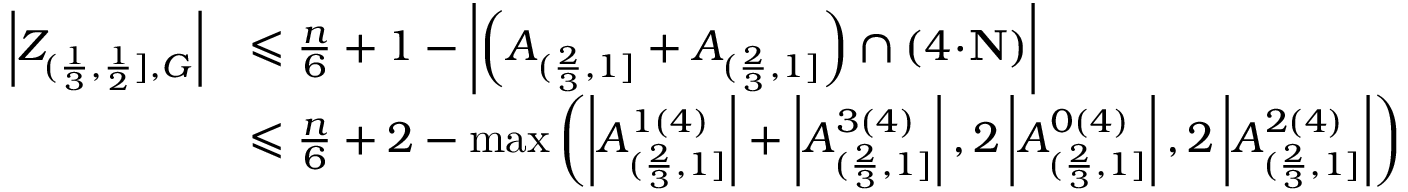
\begin{array} { r l } { \left| Z _ { ( \frac { 1 } { 3 } , \frac { 1 } { 2 } ] , G } \right| } & { \leqslant \frac { n } { 6 } + 1 - \left| \left( A _ { ( \frac { 2 } { 3 } , 1 ] } + A _ { ( \frac { 2 } { 3 } , 1 ] } \right) \cap ( 4 \! \cdot \! \mathbf { N } ) \right| } \\ & { \leqslant \frac { n } { 6 } + 2 - \operatorname* { m a x } \left( \left| A _ { ( \frac { 2 } { 3 } , 1 ] } ^ { 1 ( 4 ) } \right| + \left| A _ { ( \frac { 2 } { 3 } , 1 ] } ^ { 3 ( 4 ) } \right| , 2 \left| A _ { ( \frac { 2 } { 3 } , 1 ] } ^ { 0 ( 4 ) } \right| , 2 \left| A _ { ( \frac { 2 } { 3 } , 1 ] } ^ { 2 ( 4 ) } \right| \right) } \end{array}